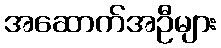
အဆောက်အဦများ